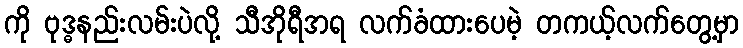
ကို ဗုဒ္ဓနည်းလမ်းပဲလို့ သီအိုရီအရ လက်ခံထားပေမဲ့ တကယ့်လက်တွေ့မှာ